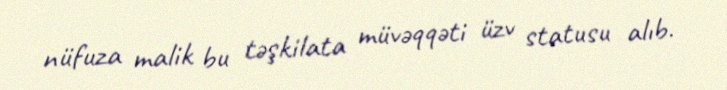
nüfuza malik bu təşkilata müvəqqəti üzv statusu alıb.